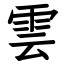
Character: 雲